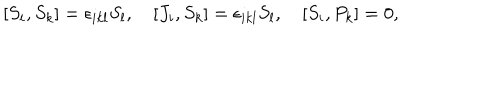
LaTeX: [ S _ { i } , S _ { k } ] = \epsilon _ { i k l } S _ { l } , \quad [ J _ { i } , S _ { k } ] = \epsilon _ { i k l } S _ { l } , \quad [ S _ { i } , P _ { k } ] = 0 ,